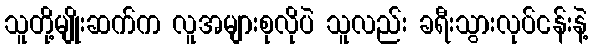
သူတို့မျိုးဆက်က လူအများစုလိုပဲ သူလည်း ခရီးသွားလုပ်ငန်းနဲ့